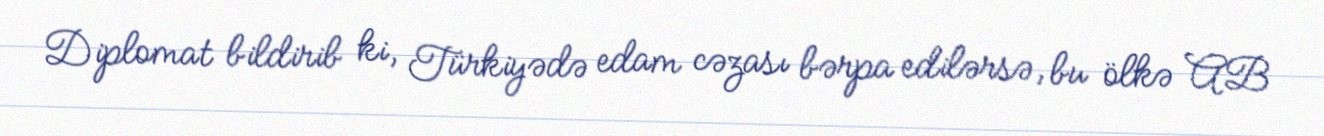
Diplomat bildirib ki, Türkiyədə edam cəzası bərpa edilərsə, bu ölkə AB